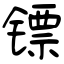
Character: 镖